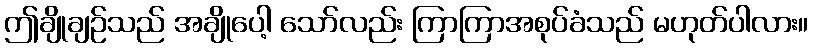
ဤချိုချဉ်သည် အချိုပေါ့ သော်လည်း ကြာကြာအစုပ်ခံသည် မဟုတ်ပါလား။